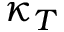
\kappa _ { T }